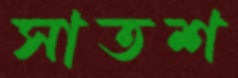
সাতশ